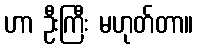
ဟာ ဦးကြီး မဟုတ်တာ။